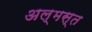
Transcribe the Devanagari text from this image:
अल्मस्त